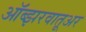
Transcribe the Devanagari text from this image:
ऑब्झरवातूअर